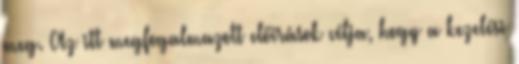
meg. Az itt megfogalmazott előírások célja, hogy a kezelési